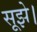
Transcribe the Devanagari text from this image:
सूझे।